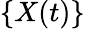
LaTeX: \{ X(t)\}